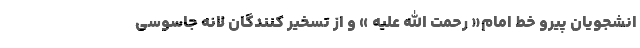
انشجویان پیرو خط امام« رحمت الله علیه » و از تسخیر کنندگان لانه جاسوسی